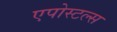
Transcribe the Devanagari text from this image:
एपोस्टल्स